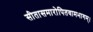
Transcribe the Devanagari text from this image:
सीतासमारोपितवामभागम्।